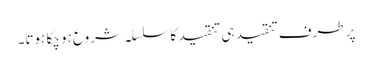
پر طرف تنقید ہی تنقید کا سلسلہ شروع ہو چکا ہوتا۔